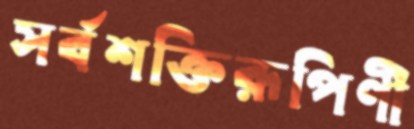
সর্বশক্তিরূপিণী